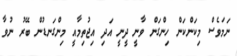
ނަމަވެސް މިކަންކަން ހިންގަން ވާނީ ދީނީ އަދި އިޖުތިމާއީ މިންގަނޑުން ބޭރު ނުވާ